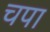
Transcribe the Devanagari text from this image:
चपा